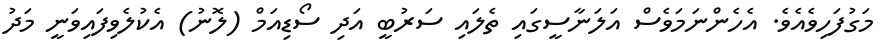
މަގުފަހިވެއެވެ. އެހެންނަމަވެސް އަލަނާސީގައި ތެލައި ސަރުބީ އަދި ސޯޑިއަމް (ލޮނު) އެކުލެވިފައިވަނީ މަދު